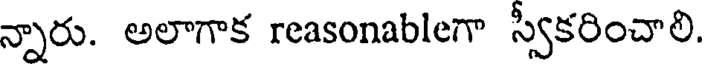
న్నారు. అలాగాక reasonableగా స్వీకరించాలి.